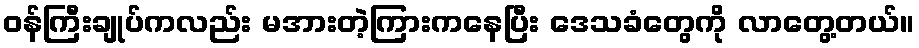
၀န်ကြီးချုပ်ကလည်း မအားတဲ့ကြားကနေပြီး ဒေသခံတွေကို လာတွေ့တယ်။